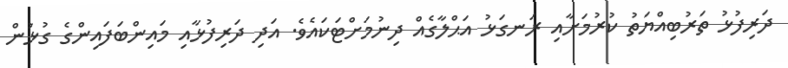
ދަރިފުޅު ތަރުބިއްޔަތު ކުރުމަށާއި ރަނގަޅު އަޙްލާގެއް ދިނުމަށްޓަކައެވެ. އަދި ދަރިފުޅާއި މައިންބަފައިންގެ ގުޅުން